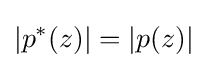
|p^{*}(z)|=|p(z)|